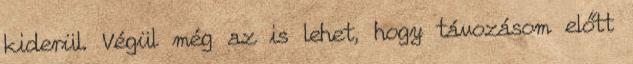
kiderül. Végül még az is lehet, hogy távozásom előtt